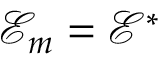
\mathcal { E } _ { m } = \mathcal { E } ^ { * }